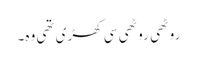
روٹھی روٹھی سی کھڑی تھی وہ۔